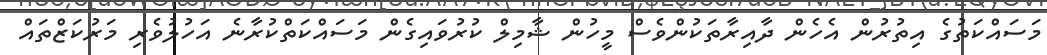
މަސައްކަތުގެ އިތުރުން އެހެން ދާއިރާތަކުންވެސް މީހުން ޝާމިލް ކުރުވައިގެން މަސައްކަތްކުރާނެ އަހުލުވެރި މަރުކަޒްތައް